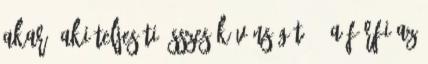
akar, aki teljesíti összes kívánságát. - A férfi az